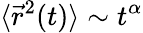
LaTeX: \langle\vec{r}^{2}(t)\rangle\sim t^{\alpha}